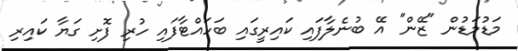
މަޑުމަޑުން "ޒޭން" އޭ ބުނެލާފައި ކައިރީގައި ބަހައްޓާފައި ހުރި ފޮށި ގަޔާ ކައިރި